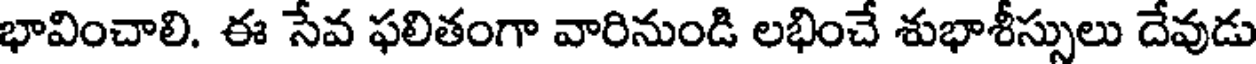
భావించాలి. ఈ సేవ ఫలితంగా వారినుండి లభించే శుభాశీస్సులు దేవుడు